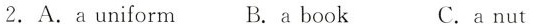
2. A.a uniform B.a book C. a nut